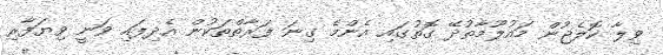
ވިލާ ކޮލެޖުން މައުލޫމާތުދޭ ގޮތުގައި އެންމެ ގިނަ ފަރާތްތަކުން އެދިފައި ވަނީ ވިޔަފާރި